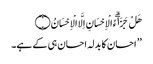
هَلْ جَزَاۗءُ الْاِحْسَانِ اِلَّا الْاِحْسَانُ ۝
’’ احسان کا بدلہ احسان ہی کے ہے۔